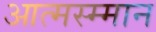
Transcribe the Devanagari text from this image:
आत्मस्म्मान